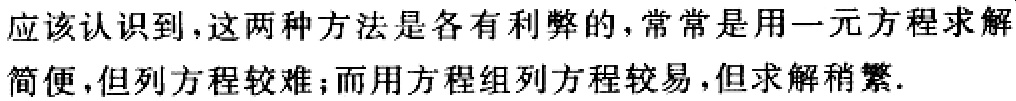
应该认识到，这两种方法是各有利弊的，常常是用一元方程求解简便，但列方程较难；而用方程组列方程较易，但求解稍繁.